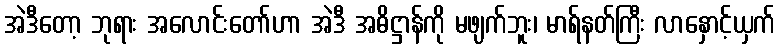
အဲဒီတော့ ဘုရား အလောင်းတော်ဟာ အဲဒီ အဓိဋ္ဌာန်ကို မဖျက်ဘူး၊ မာရ်နတ်ကြီး လာနှောင့်ယှက်